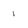
Character: 1